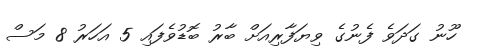
ހޫނު ގަދަވެ ފެނުގެ ވިޔަފާރިއަށް ބާރު ބޮޑުވެފައި 5 އަހަރު 8 މަސް